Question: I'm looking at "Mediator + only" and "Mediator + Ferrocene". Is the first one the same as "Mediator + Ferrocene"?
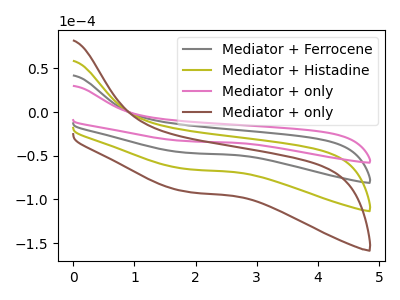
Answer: <think>The gray curve "Mediator + Ferrocene" has no peaks. The olive curve "Mediator + Histadine" has no peaks. The pink curve "Mediator + only" has no peaks. The brown curve "Mediator + only" has no peaks.
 Neither "Mediator + only" or "Mediator + Ferrocene" have any peaks.</think>
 <answer>"Mediator + only" and "Mediator + Ferrocene" are similar in shape.</answer>
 <eval>same_shape</eval>